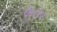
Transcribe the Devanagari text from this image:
कैसेर